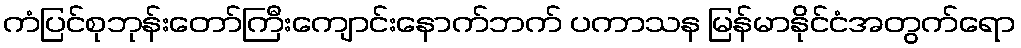
ကံပြင်စုဘုန်းတော်ကြီးကျောင်းနောက်ဘက် ပကာသန မြန်မာနိုင်ငံအတွက်ရော